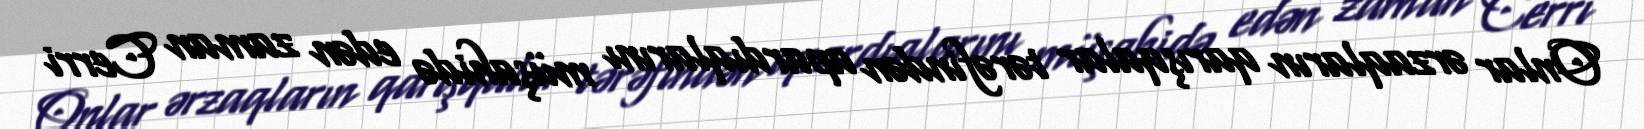
Onlar ərzaqların qarışqalar tərəfindən apardıqlarını müşahidə edən zaman Cerri